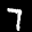
Label: 7